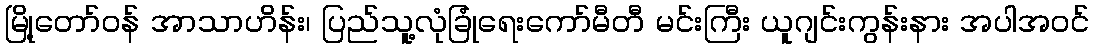
မြို့တော်ဝန် အာသာဟိန်း၊ ပြည်သူ့လုံခြုံရေးကော်မီတီ မင်းကြီး ယူဂျင်းကွန်းနား အပါအဝင်